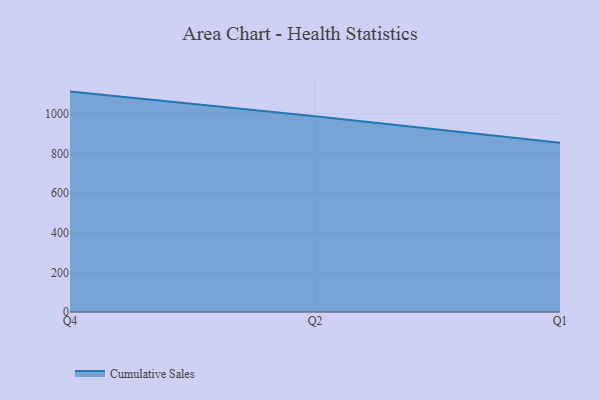
{"axis": {"x": "Quarter", "y": "Demand Index"}, "legend": ["Cumulative Sales"], "data": [{"x": "Q4", "y": 1111.7, "type": "Cumulative Sales"}, {"x": "Q2", "y": 987.5, "type": "Cumulative Sales"}, {"x": "Q1", "y": 853.8, "type": "Cumulative Sales"}]}